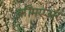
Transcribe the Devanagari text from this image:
कॉमएअर